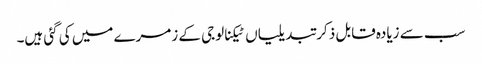
سب سے زیادہ قابل ذکر تبدیلیاں ٹیکنالوجی کے زمرے میں کی گئی ہیں۔